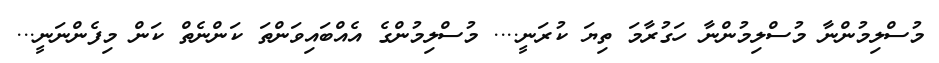
މުސްލިމުންނާ މުސްލިމުންނާ ހަގުރާމަ ތިޔަ ކުރަނީ.... މުސްލިމުންގެ އެއްބައިވަންތަ ކަންނެތް ކަން މިފެންނަނީ...